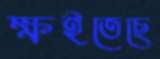
ক্ষইতেছে